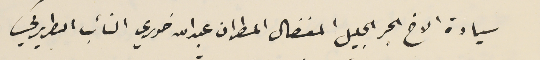
سيادة الاخ الحبر الجليل المفضال المطران عبدالله خوري النائب البطريركي